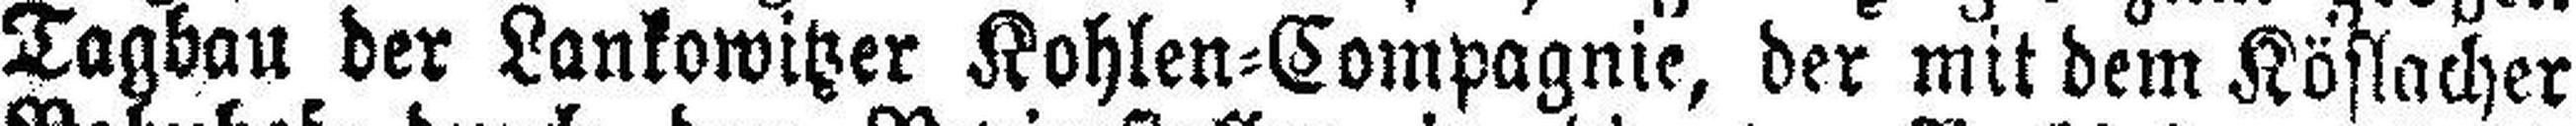
Tagbau der Lankowitzer Kohlen=Compagnie, der mit dem Köflacher